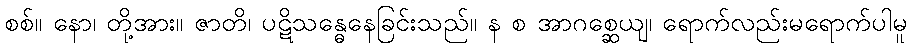
စစ်။ နော၊ တို့အား။ ဇာတိ၊ ပဋိသန္ဓေနေခြင်းသည်။ န စ အာဂစ္ဆေယျ၊ ရောက်လည်းမရောက်ပါမူ